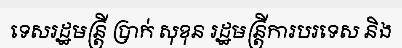
ទេសរដ្ឋមន្ត្រី ប្រាក់ សុខុន រដ្ឋមន្ត្រីការបរទេស និង